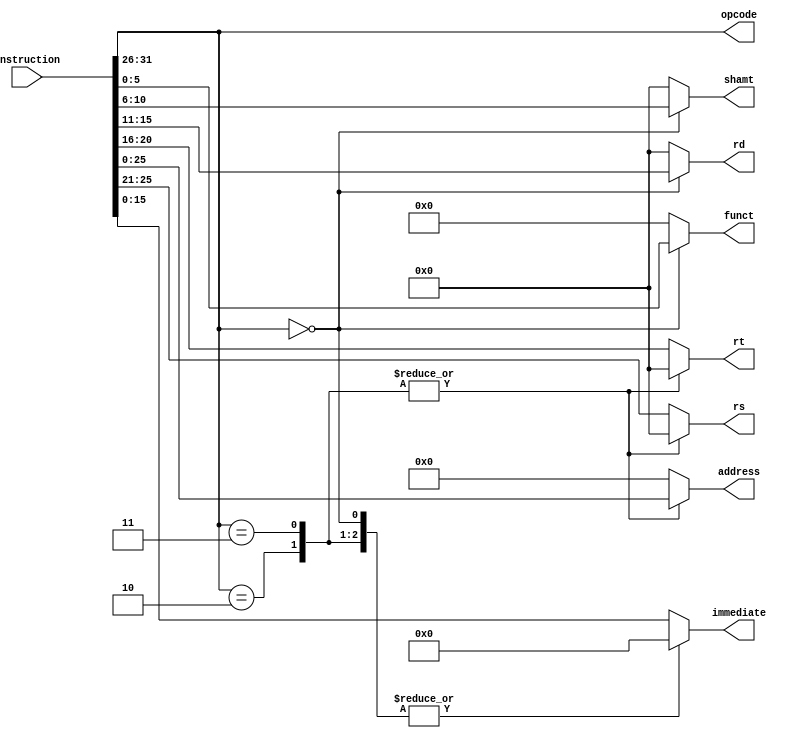
`define R_Type 6'b000000
`define Jump 6'b000010
`define JAL 6'b000011

module instructionDecoder
(
    output reg[5:0] opcode,
    output reg [4:0] rs,
    output reg [4:0] rt,
    output reg [4:0] rd,
    output reg [4:0] shamt,
    output reg [5:0] funct,
    output reg [15:0] immediate,
    output reg [25:0] address,
    input [31:0] instruction
);
    
    always @(instruction) begin
        opcode = instruction[31:26];

        case(opcode)
            `R_Type: begin
                rs <= instruction[25:21];
                rt <= instruction[20:16];
                rd <= instruction[15:11];
                shamt <= instruction[10:6];
                funct <= instruction[5:0];
                immediate <= 16'b0;
                address <= 26'b0;
            end
            `Jump: begin
                address <= instruction[25:0];
                rs <= 5'b0;
                rt <= 5'b0;
                rd <= 5'b0;
                shamt <= 5'b0;
                funct <= 6'b0;
                immediate <= 16'b0;
            end
            `JAL: begin
                address <= instruction [25:0];
                rs <= 5'b0;
                rt <= 5'b0;
                rd <= 5'b0;
                shamt <= 5'b0;
                funct <= 6'b0;
                immediate <= 16'b0;
            end
            default: begin
                rs <= instruction[25:21];
                rt <= instruction[20:16];
                immediate <= instruction[15:0];
                rd <= 5'b0;
                shamt <= 5'b0;
                funct <= 6'b0;
                address <= 26'b0;
            end
        endcase
    end
endmodule